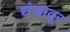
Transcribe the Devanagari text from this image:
थंजावूर